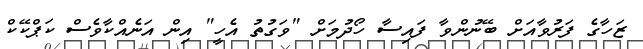
ޒަހާގެ ފަރުވާއަށް ބޭނުންވާ ފައިސާ ހޯދުމަށް "ވަގުތު އެހީ" އިން އަނެއްކާވެސް ކަޕްކޭކް